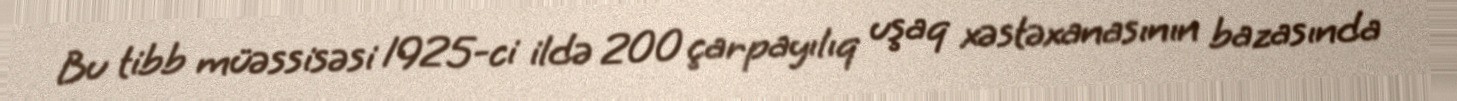
Bu tibb müəssisəsi 1925-ci ildə 200 çarpayılıq uşaq xəstəxanasının bazasında